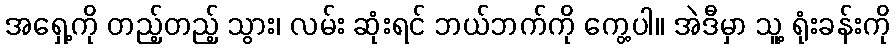
အရှေ့ကို တည့်တည့် သွား၊ လမ်း ဆုံးရင် ဘယ်ဘက်ကို ကွေ့ပါ။ အဲဒီမှာ သူ့ ရုံးခန်းကို